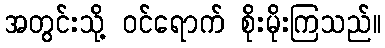
အတွင်းသို့ ဝင်ရောက် စိုးမိုးကြသည်။